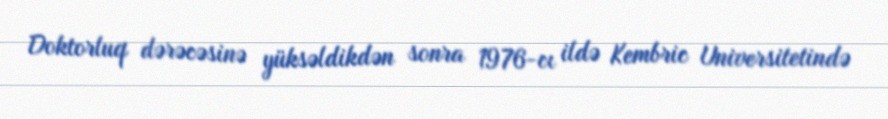
Doktorluq dərəcəsinə yüksəldikdən sonra 1976-cı ildə Kembric Universitetində